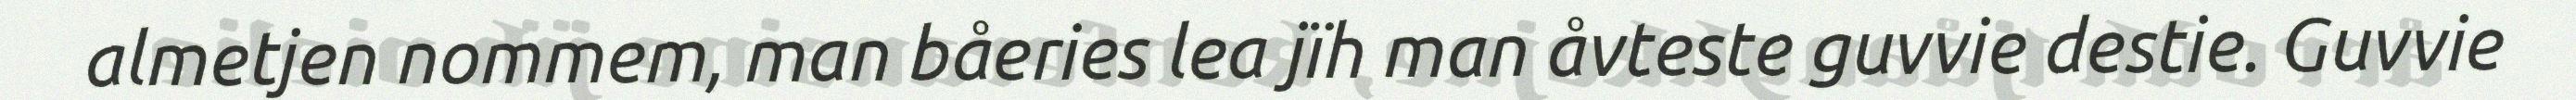
almetjen nommem, man båeries lea jïh man åvteste guvvie destie. Guvvie